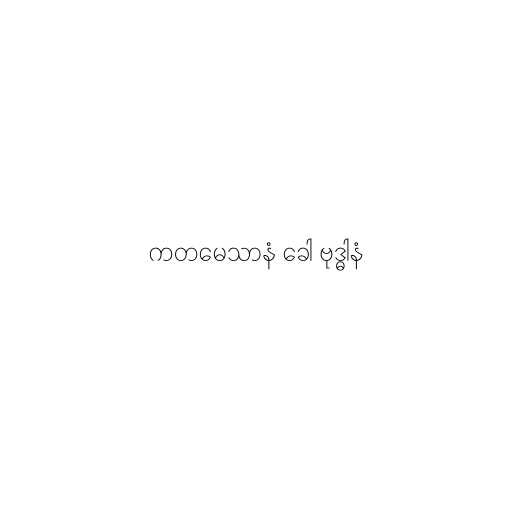
ကတမေသာနံ ခေါ ဗုဒ္ဓါနံ